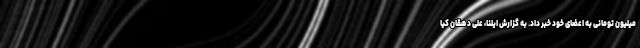
میلیون تومانی به اعضای خود خبر داد. به گزارش ایلنا، علی دهقان کیا